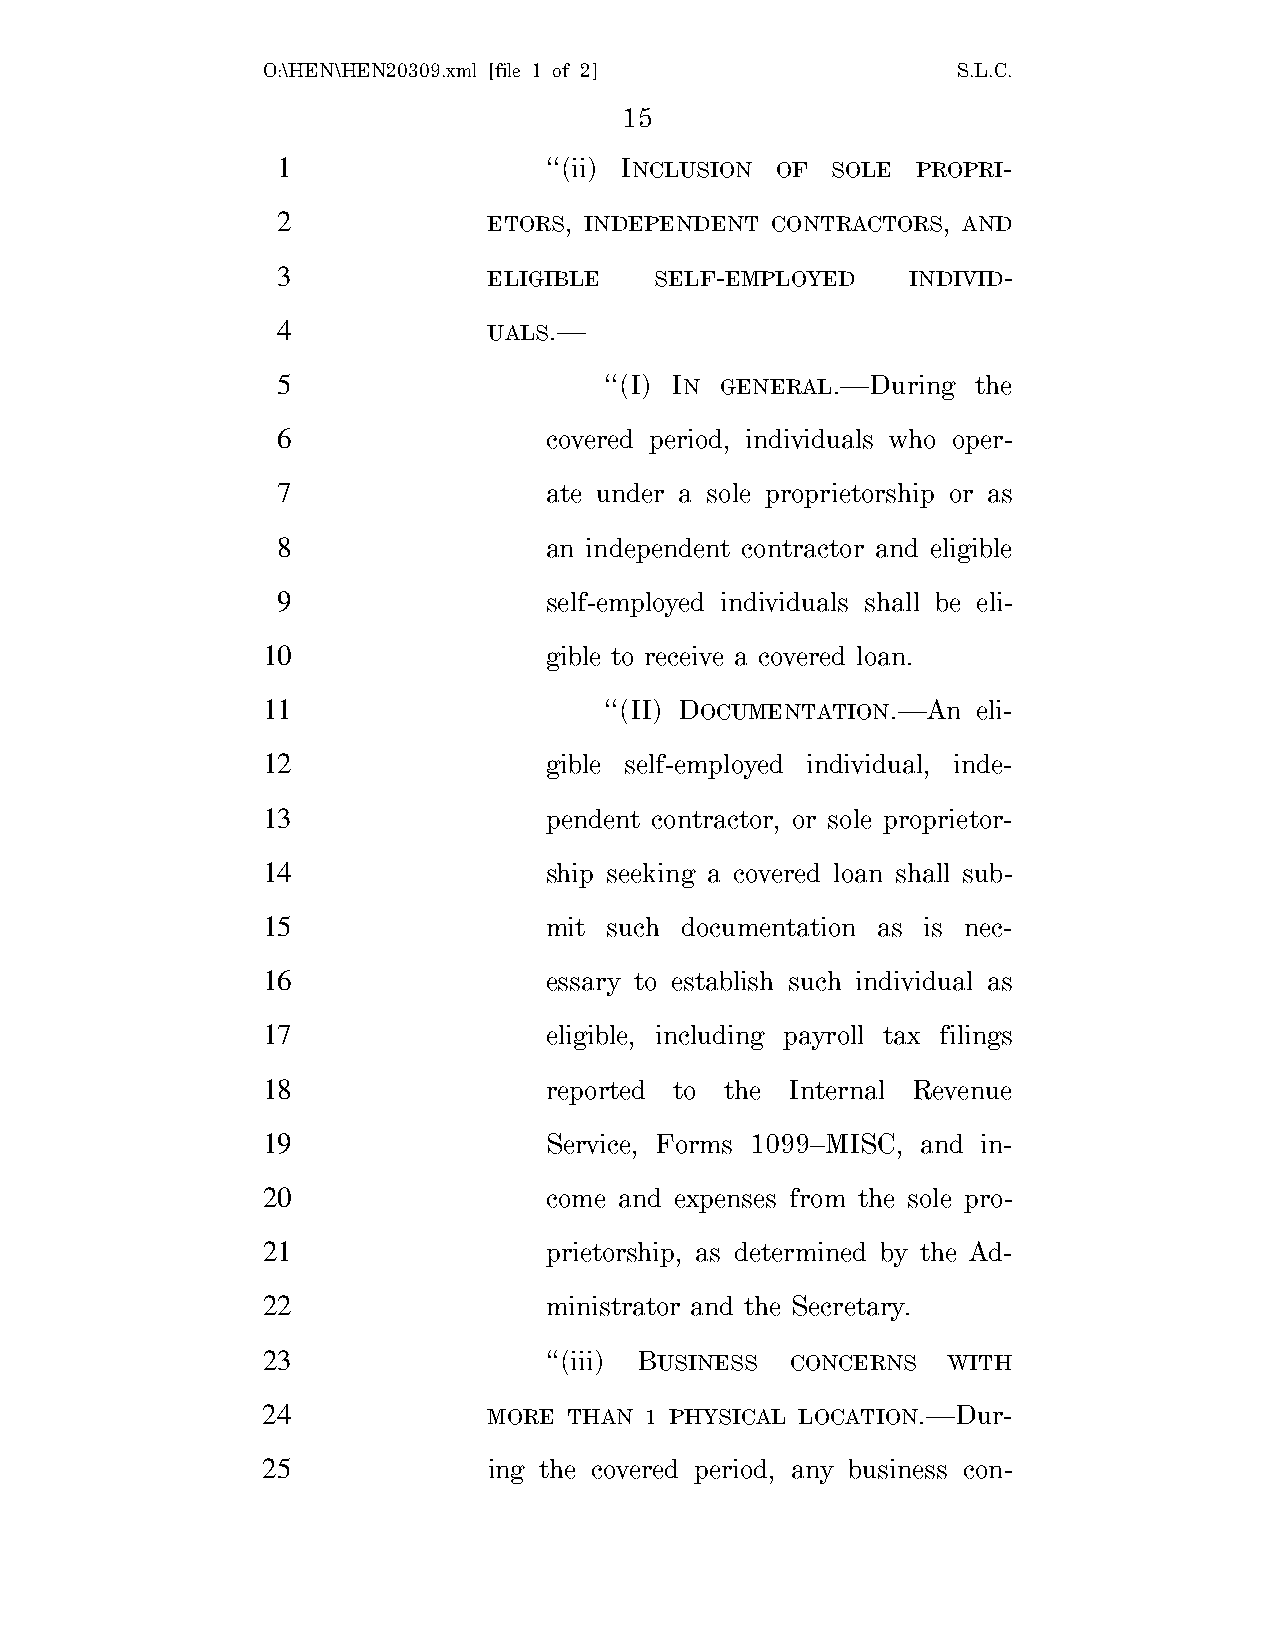
O:\HEN\HEN20309.xml [file 1 of 2]             S.L.C.
 15
 1                 ‘‘(ii) INCLUSION OF SOLE PROPRI-
 2             ETORS, INDEPENDENT CONTRACTORS, AND
 3             ELIGIBLE   SELF-EMPLOYED    INDIVID-
 4             UALS.—
 5                     ‘‘(I) IN GENERAL.—During the
 6                 covered period, individuals who oper-
 7                 ate under a sole proprietorship or as
 8                 an independent contractor and eligible
 9                 self-employed individuals shall be eli-
 10                 gible to receive a covered loan.
 11                     ‘‘(II) DOCUMENTATION.—An eli-
 12                 gible self-employed individual, inde-
 13                 pendent contractor, or sole proprietor-
 14                 ship seeking a covered loan shall sub-
 15                 mit such documentation as is nec-
 16                 essary to establish such individual as
 17                 eligible, including payroll tax filings
 18                 reported to the Internal Revenue
 19                 Service, Forms 1099–MISC, and in-
 20                 come and expenses from the sole pro-
 21                 prietorship, as determined by the Ad-
 22                 ministrator and the Secretary.
 23                 ‘‘(iii) BUSINESS CONCERNS  WITH
 24             MORE  THAN 1 PHYSICAL LOCATION.—Dur-
 25             ing the covered period, any business con-